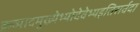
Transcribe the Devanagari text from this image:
क्रव्यादमुख्येभ्योदेवेभ्यइतिसर्वदा